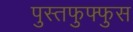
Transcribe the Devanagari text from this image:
पुस्तफुफ्फुस